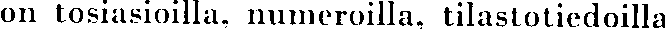
on tosiasioilla, numeroilla, tilastotiedoilla